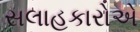
સલાહકારોએ